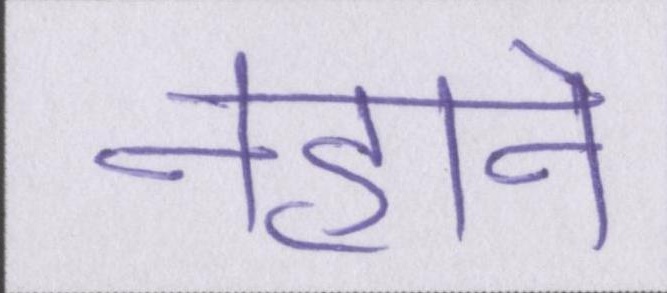
नहाने